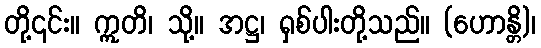
တို့၎င်း။ ဣတိ၊ သို့။ အဋ္ဌ၊ ရှစ်ပါးတို့သည်။ (ဟောန္တိ)၊